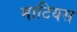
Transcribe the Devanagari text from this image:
माटियस